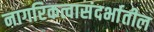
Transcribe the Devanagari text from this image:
नागरिकत्वासंदर्भातील